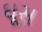
ઘૂસ